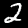
Digit: 2